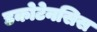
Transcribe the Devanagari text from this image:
डकोटेनसिस